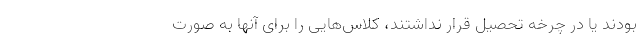
بودند یا در چرخه تحصیل قرار نداشتند، کلاس‌هایی را برای آنها به صورت